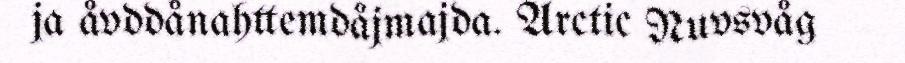
ja åvddånahttemdåjmajda. Arctic Nuvsvåg